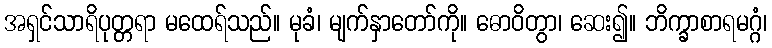
အရှင်သာရိပုတ္တရာ မထေရ်သည်။ မုခံ၊ မျက်နှာတော်ကို။ ဓောဝိတွာ၊ ဆေး၍။ ဘိက္ခာစာရမဂ္ဂံ၊